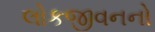
લોકજીવનનો